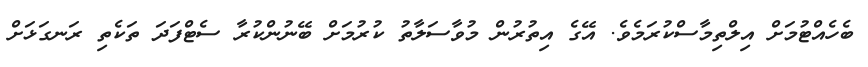
ބެހެއްޓުމަށް އިލްތިމާސްކުރަމެވެ. އޭގެ އިތުރުން މުވާސަލާތު ކުރުމަށް ބޭނުންކުރާ ސެޓްފަދަ ތަކެތި ރަނގަޅަށް